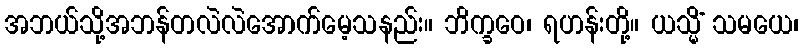
အဘယ်သို့အဘန်တလဲလဲအောက်မေ့သနည်း။ ဘိက္ခဝေ၊ ရဟန်းတို့။ ယသ္မိံ သမယေ၊